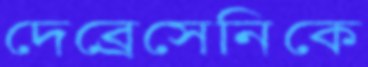
দেব্রেসেনিকে